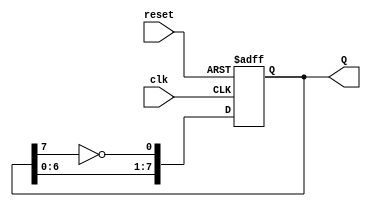
module johnson_counter (
    input wire clk,          // Clock signal
    input wire reset,        // Asynchronous reset signal
    output reg [7:0] Q       // 8-bit output representing the current state
);

// Always block triggered on the rising edge of the clock or when reset is asserted
always @(posedge clk or posedge reset) begin
    if (reset) begin
        Q <= 8'b00000000;   // Reset the counter to 00000000
    end else begin
        Q <= {Q[6:0], ~Q[7]}; // Shift left and feed back the inverted last bit
    end
end

endmodule